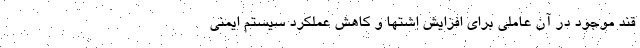
قند موجود در آن عاملی برای افزایش اشتها و کاهش عملکرد سیستم ایمنی